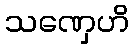
သဏှေဟိ